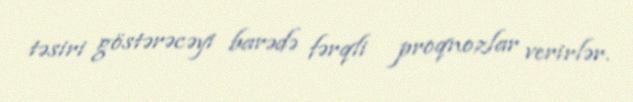
təsiri göstərəcəyi barədə fərqli proqnozlar verirlər.